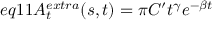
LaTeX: e q 1 1 A _ { t } ^ { e x t r a } ( s , t ) = \pi C ^ { \prime } t ^ { \gamma } e ^ { - \beta t }